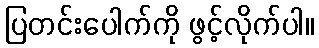
ပြတင်းပေါက်ကို ဖွင့်လိုက်ပါ။